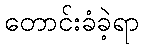
တောင်းခံခဲ့ရာ